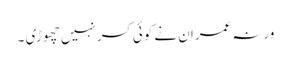
ورنہ عمران نے کوئی کسر نہیں چھوڑی ۔